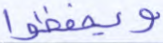
ويحفظوا